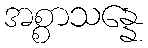
အစ္စာသန္နေ